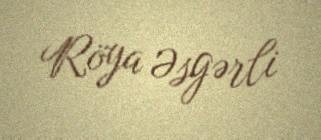
Röya Əsgərli